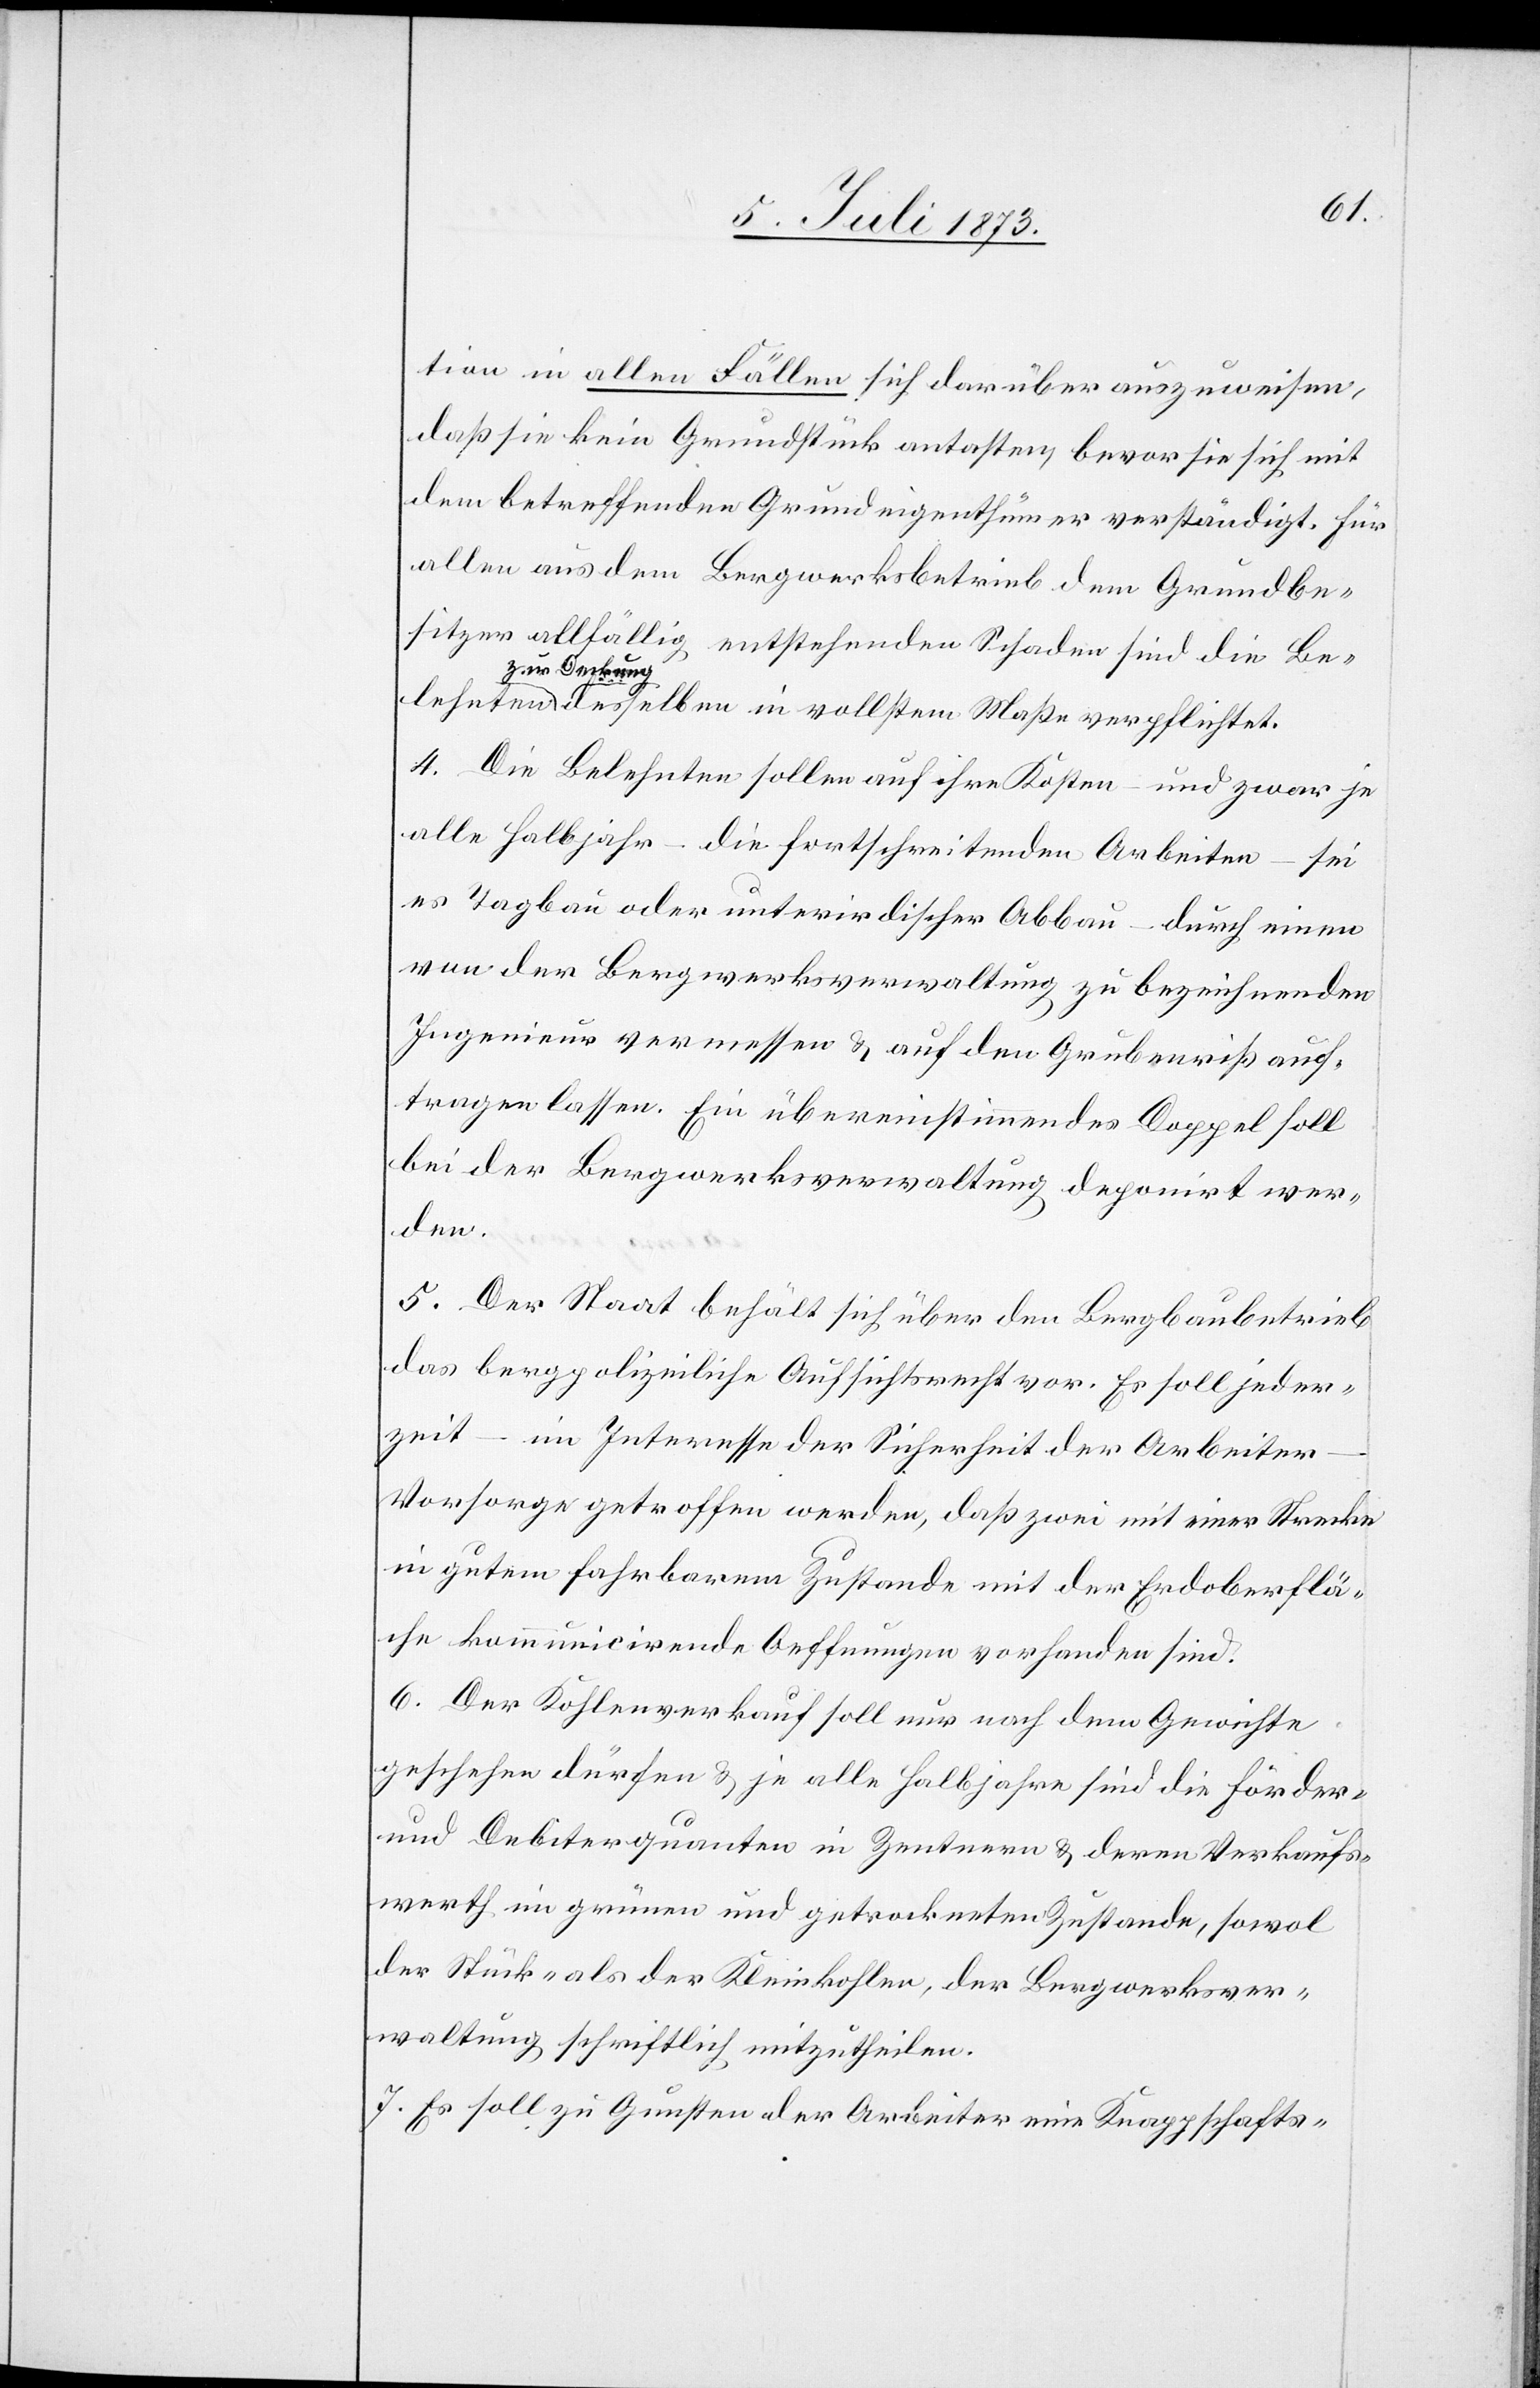
lehnten
tion in allen Fällen sich darüber auszuweisen,
daß sie kein Grundstück antasten, bevor sie sich mit
dem betreffenden Grundeigenthümer verständigt. Für
allen aus dem Bergwerksbetrieb dem Grundbe¬
sitzer allfällig entstehenden Schaden sind die Be¬
zur Deckung
4. Die Belehnten sollen auf ihre Kosten – und zwar je
alle Halbjahr – die fortschreitenden Arbeiten – sei
es Tagbau oder unterirdischer Abbau – durch einen
von der Bergwerksverwaltung zu bezeichnenden
Ingenieur vermessen & auf den Grubenriß auf¬
tragen lassen. Ein übereinstimmendes Doppel soll
bei der Bergwerksverwaltung deponirt wer¬
den.
5. Der Staat behält sich über den Bergbaubetrieb
das bergpolizeiliche Aufsichtsrecht vor. Es soll jeder¬
zeit – im Interesse der Sicherheit der Arbeiter
Vorsorge getroffen werden, daß zwei mit einer Strecke
in gutem fahrbarem Zustande mit der Erdoberflä¬
che kommunicirende Oeffnungen vorhanden sind.
6. Der Kohlenverkauf soll nur nach dem Gewichte
geschehen dürfen & je alle Halbjahre sind die Förder-
und Debiterquanten in Zentnern & deren Verkaufs¬
werth im grünen und getrockneten Zustande, sowol
der Stück- als der Kleinkohlen, der Bergwerksver¬
waltung schriftlich mitzutheilen.
7. Es soll zu Gunsten der Arbeiter eine Knappschafts-